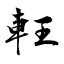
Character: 軖